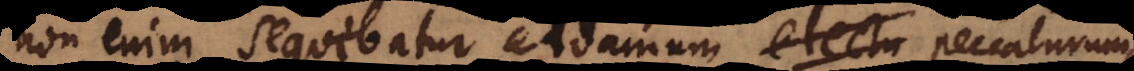
non enim sequebatur Adamum electu peccaturum,